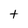
Character: t